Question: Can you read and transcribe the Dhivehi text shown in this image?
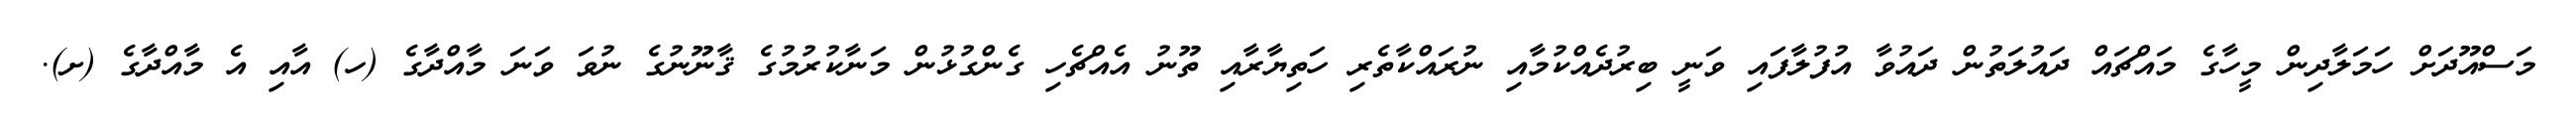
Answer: މަސްއޫދަށް ހަމަލާދިން މީހާގެ މައްޗައް ދައުލަތުން ދައުވާ އުފުލާފައި ވަނީ ބިރުދެއްކުމާއި ނުރައްކާތެރި ހަތިޔާރާއި ތޫނު އެއްޗެހި ގެންގުޅުން މަނާކުރުމުގެ ޤާނޫނުގެ ނުވަ ވަނަ މާއްދާގެ (ހ) އާއި އެ މާއްދާގެ (ށ).